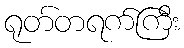
ရုတ်တရက်ကြီး